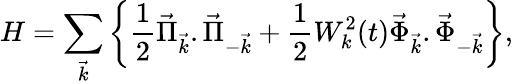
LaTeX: H=\sum_{\vec{k}}\left\{ {\frac{1}{2}}\vec{\Pi}_{\vec{k}}.\vec{\Pi}_{-\vec{k}}+{\frac{1}{2}}W_{k}^{2}(t)\vec{\Phi}_{\vec{k}}.\vec{\Phi}_{-\vec{k}}\right\} ,